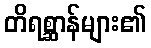
တိရစ္ဆာန်များ၏